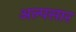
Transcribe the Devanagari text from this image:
अल्पसार